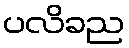
ပလိခည